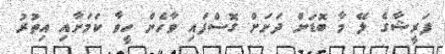
ފަރީޝާގެ ލޭ މާ ބޮޑަށް ދަށަށް ގޮސްފައި ވާހެން ހީވާ ކަމަށާއި އިތުރު